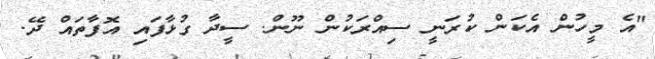
"އެ މީހުން އެކަން ކުރަނީ ސިއްރަކުން ނޫން. ސީދާ ގުޅާފައި އޮފާތައް ދޭ.